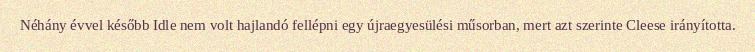
Néhány évvel később Idle nem volt hajlandó fellépni egy újraegyesülési műsorban, mert azt szerinte Cleese irányította.